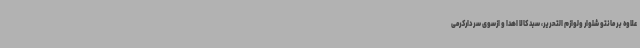
علاوه بر مانتو شلوار ولوازم التحریر، سبد کالا اهدا و ازسوی سردارکرمی